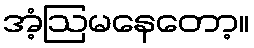
အံ့ဩမနေတော့။